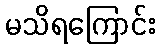
မသိရကြောင်း